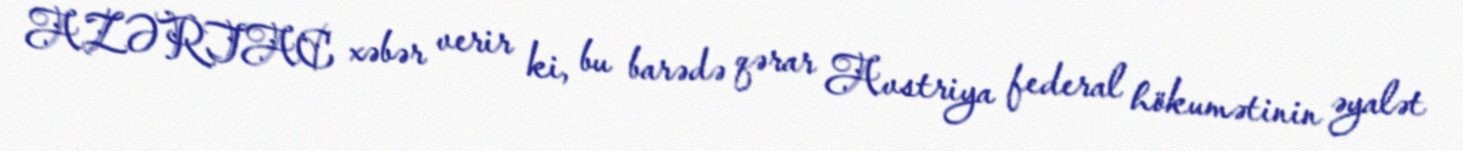
AZƏRTAC xəbər verir ki, bu barədə qərar Avstriya federal hökumətinin əyalət